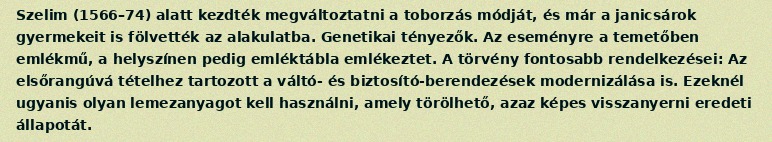
Szelim (1566–74) alatt kezdték megváltoztatni a toborzás módját, és már a janicsárok gyermekeit is fölvették az alakulatba. Genetikai tényezők. Az eseményre a temetőben emlékmű, a helyszínen pedig emléktábla emlékeztet. A törvény fontosabb rendelkezései: Az elsőrangúvá tételhez tartozott a váltó- és biztosító-berendezések modernizálása is. Ezeknél ugyanis olyan lemezanyagot kell használni, amely törölhető, azaz képes visszanyerni eredeti állapotát.